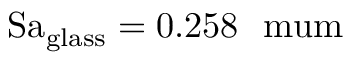
\mathrm { S a _ { g l a s s } = 0 . 2 5 8 \ \ m u m }